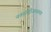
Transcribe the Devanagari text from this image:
नवसारीजवळच्या